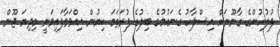
ފުލުހުންގެ ގާނޫނަށް އިސްލާހު ގެނައުމުގެ ބިލުގެ ފުރަތަމަ ކިޔުން އިއްވަވާފައިވަނީ މިދިޔަ ޖޫން